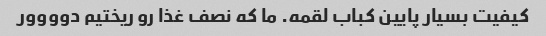
کیفیت بسیار پایین کباب لقمه. ما که نصف غذا رو ریختیم دوووور